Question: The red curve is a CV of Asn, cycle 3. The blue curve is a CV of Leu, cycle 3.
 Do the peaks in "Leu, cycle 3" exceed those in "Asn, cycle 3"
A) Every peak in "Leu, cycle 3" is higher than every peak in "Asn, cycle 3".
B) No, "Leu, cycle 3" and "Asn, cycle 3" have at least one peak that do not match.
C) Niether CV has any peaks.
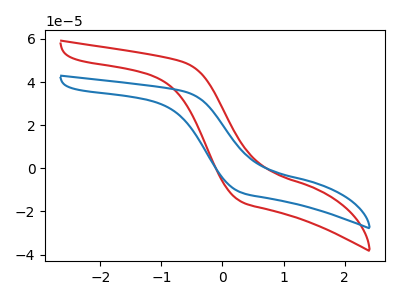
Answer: <think>The red curve "Asn, cycle 3" has no peaks. The blue curve "Leu, cycle 3" has no peaks.</think>
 <answer>C) Niether CV has any peaks.</answer>
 <eval>C</eval>